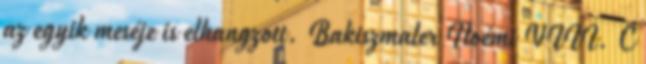
az egyik meséje is elhangzott. Bakiszmaler Noémi VIII. C